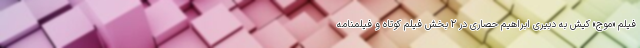
فیلم «موج» کیش به دبیری ابراهیم حصاری در ۲ بخش فیلم کوتاه و فیلمنامه